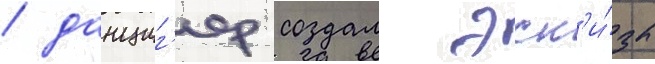
/ данциг'ер создал эск'и́зы